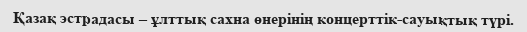
Қазақ эстрадасы – ұлттық сахна өнерінің концерттік-сауықтық түрі.